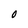
Character: O